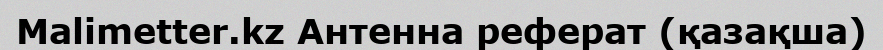
Malimetter.kz Антенна реферат (қазақша)